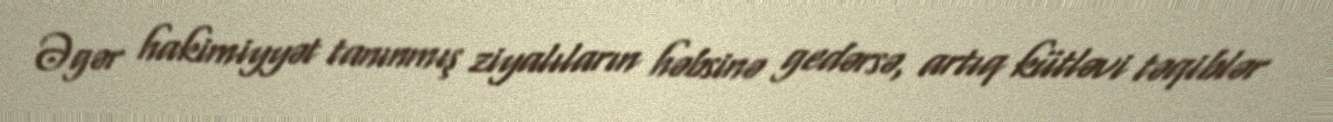
Əgər hakimiyyət tanınmış ziyalıların həbsinə gedərsə, artıq kütləvi təqiblər